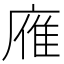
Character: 䧹